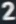
2